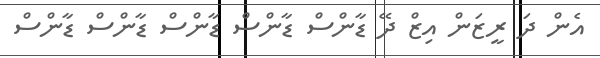
އެން ދަ ރީޒަން އިޒް ދޭ ޑާންސް ޑާންސް ޑާންސް ޑާންސް ޑާންސް